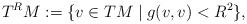
LaTeX: \begin{align*}T^R M := \{ v \in TM \mid g(v,v) < R^2 \},\end{align*}